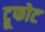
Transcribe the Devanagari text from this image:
ट्रूफोट